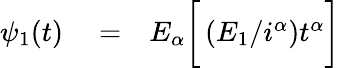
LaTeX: \begin{array}{rlr}{\psi_{1}(t)}&{{}=}&{E_{\alpha}\bigg[\left(E_{1}/i^{\alpha}\right)t^{\alpha}\bigg]}\end{array}